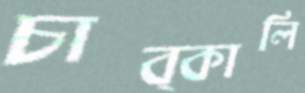
চাব্‌কালি